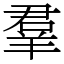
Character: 羣